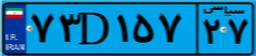
۴۷D۴۸۵۸۴